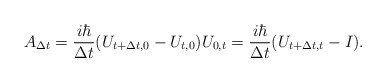
\begin{align*}A_{\Delta t}=\frac{i\hbar}{\Delta t}(U_{t+\Delta t,0}-U_{t,0})U_{0,t}=\frac{i\hbar}{\Delta t}(U_{t+\Delta t,t}-I). \end{align*}